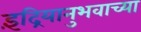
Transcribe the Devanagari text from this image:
इंद्रियानुभवाच्या